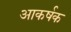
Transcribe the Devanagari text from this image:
अाकर्षक